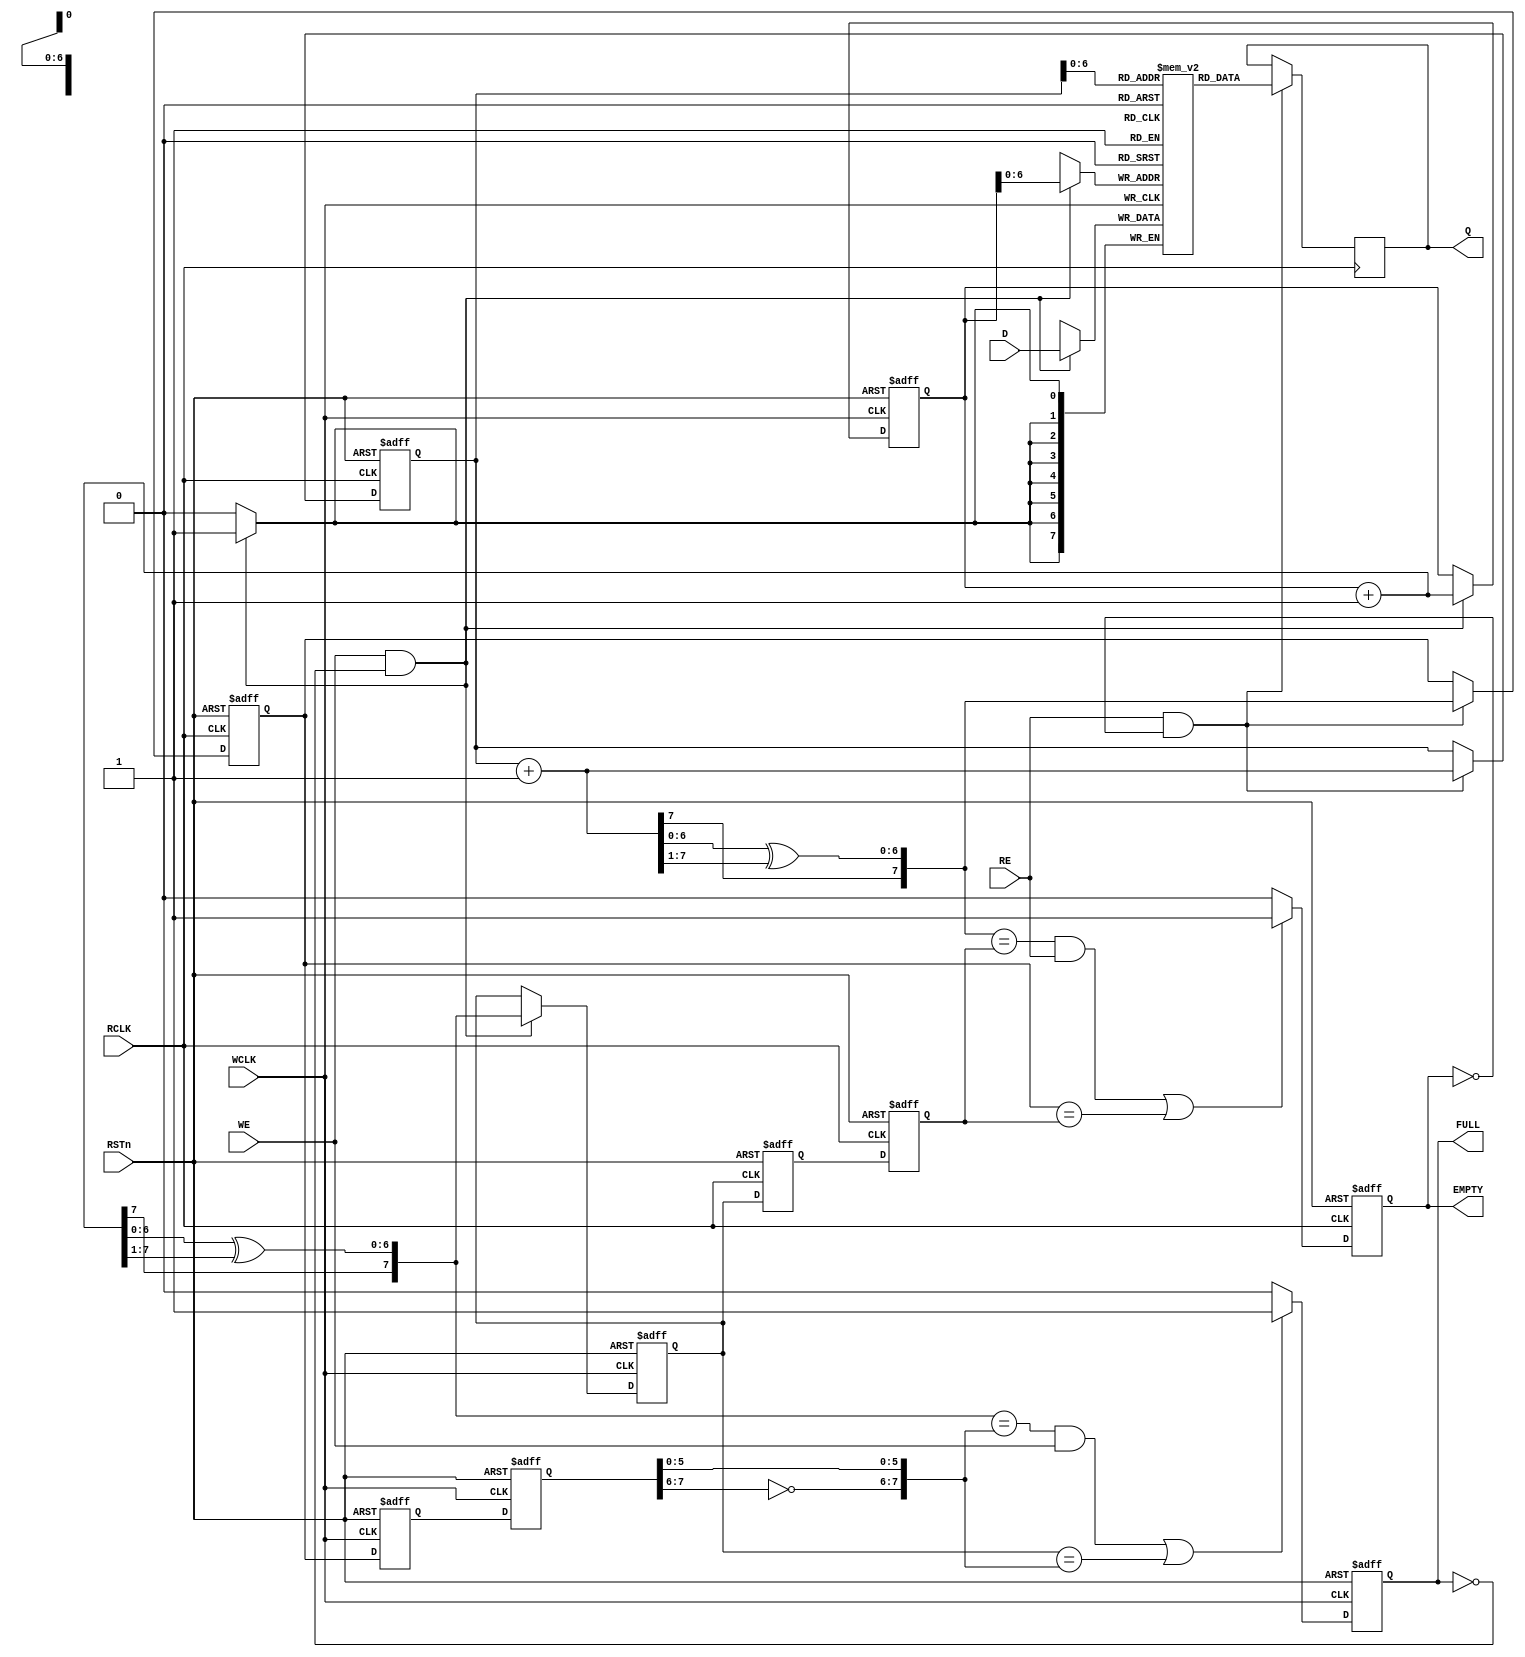
`timescale 1ns / 1ps
///////////////////////////////////////////////////////////////////////////////////////
// Design              : University of Elecro-Communications
// Engineer            : 
// 
// Design Name         : Async clock FIFO
// Module Name         : asclk_fifo
// Project Name        : sakura_g_ctrl
// Target Devices      : Xilinx
// Tool versions       : 13.4
// Description         : 
//
// Dependencies        : 
//
// Version             : 1.0
// Additional Comments : Async Clock FIFO
///////////////////////////////////////////////////////////////////////////////////////
// Copyright (c) Satoh LaboratoryCUEC

module asclk_fifo #(
  parameter DATA_WIDTH = 8, /*parameter FIFO_DEPTH = 128,*/ parameter ADDR_WIDTH = 7
)
(
  input                   RSTn,     // Reset
  input                   WCLK,     // Write clock
  input                   RCLK,     // Read clock
  input  [DATA_WIDTH-1:0] D,        // Data input
  input                   WE,       // Write enable
  input                   RE,       // Rasd enable
  output [DATA_WIDTH-1:0] Q,        // Data output
  output                  FULL,     // Full flag
  output                  EMPTY     // Empty flag
);

  parameter COUNTER_WIDTH = ADDR_WIDTH + 1;


// ===============================================================
// Internal signals
// ===============================================================
  reg     [DATA_WIDTH-1:0] mem[0:2**ADDR_WIDTH-1];
  reg     [DATA_WIDTH-1:0] data_out;
  wire                     write_enable;
  wire                     read_enable;

  wire [COUNTER_WIDTH-1:0] next_waddr;            // Binary next write address
  wire [COUNTER_WIDTH-1:0] next_wptr;             // Gray code next write pointer
  reg  [COUNTER_WIDTH-1:0] write_addr;            // Memory write address
  reg  [COUNTER_WIDTH-1:0] write_pointer;         // Gray code pointer
  reg  [COUNTER_WIDTH-1:0] wsync_rp1, wsync_rp2;  // Read pointer sync register

  wire [COUNTER_WIDTH-1:0] next_raddr;            // Binary next read address
  wire [COUNTER_WIDTH-1:0] next_rptr;             // Gray code next write pointer
  reg  [COUNTER_WIDTH-1:0] read_addr;             // memory read address
  reg  [COUNTER_WIDTH-1:0] read_pointer;          // Gray code pointer
  reg  [COUNTER_WIDTH-1:0] rsync_wp1, rsync_wp2;  // Write pointer sync register
  reg                      full_flag;
  reg                      empty_flag;

// ===============================================================
// Equetions
// ===============================================================
  assign write_enable = WE & ~full_flag;
  assign read_enable  = RE & ~empty_flag;

  // Memory block
  always @ ( posedge WCLK )
    if ( write_enable == 1'b1 ) mem[write_addr[ADDR_WIDTH-1:0]] <= D;

  always @ ( posedge RCLK )
    if ( read_enable == 1'b1 ) data_out <= mem[read_addr[ADDR_WIDTH-1:0]];


  // Write Address and Pointer
  always @ ( posedge WCLK or negedge RSTn ) begin
    if ( RSTn == 1'b0 ) begin
      write_addr <= {COUNTER_WIDTH{1'b0}};
      write_pointer <= {COUNTER_WIDTH{1'b0}};
    end
    else begin
      if ( write_enable ) begin
        write_addr <= next_waddr;
        write_pointer <= next_wptr;
      end
      else begin
        write_addr <= write_addr;
        write_pointer <= write_pointer;
      end
    end
  end

  assign next_waddr = write_addr + 1'b1;
  assign next_wptr = { next_waddr[COUNTER_WIDTH-1], next_waddr[COUNTER_WIDTH-2:0] ^ next_waddr[COUNTER_WIDTH-1:1]};


  // Sync Read pointer
  // read_pointer -> wsync_rp1 -> wsync_rp2
  always @ ( posedge WCLK or negedge RSTn ) begin
    if ( RSTn == 1'b0 ) begin
      wsync_rp1 <= {COUNTER_WIDTH{1'b0}};
      wsync_rp2 <= {COUNTER_WIDTH{1'b0}};
    end
    else begin
      wsync_rp1 <= read_pointer;
      wsync_rp2 <= wsync_rp1;
    end
  end


  always @ ( posedge WCLK or negedge RSTn ) begin
    if ( RSTn == 1'b0 ) full_flag <= 1'b0;
    else if ((( next_wptr == { ~wsync_rp2[COUNTER_WIDTH-1:COUNTER_WIDTH-2], wsync_rp2[COUNTER_WIDTH-3:0] }) && ( WE == 1'b1 ))
           || ( write_pointer == { ~wsync_rp2[COUNTER_WIDTH-1:COUNTER_WIDTH-2], wsync_rp2[COUNTER_WIDTH-3:0] }))
      full_flag <= 1'b1;
    else full_flag <= 1'b0;
  end


  // Read Address and Pointer
  always @ ( posedge RCLK or negedge RSTn ) begin
    if ( RSTn == 1'b0 ) begin
      read_addr <= {COUNTER_WIDTH{1'b0}};
      read_pointer <= {COUNTER_WIDTH{1'b0}};
    end
    else begin
      if ( read_enable ) begin
        read_addr <= next_raddr;
        read_pointer <= next_rptr;
      end
      else begin
        read_addr <= read_addr;
        read_pointer <= read_pointer;
      end
    end
  end

  assign next_raddr = read_addr + 1'b1;
  assign next_rptr = { next_raddr[COUNTER_WIDTH-1], next_raddr[COUNTER_WIDTH-2:0] ^ next_raddr[COUNTER_WIDTH-1:1]};


  // Sync Write pointer
  // write_pointer -> rsync_wp1 -> rsync_wp2
  always @ ( posedge RCLK or negedge RSTn ) begin
    if ( RSTn == 1'b0 ) begin
      rsync_wp1 <= {COUNTER_WIDTH{1'b0}};
      rsync_wp2 <= {COUNTER_WIDTH{1'b0}};
    end
    else begin
      rsync_wp1 <= write_pointer;
      rsync_wp2 <= rsync_wp1;
    end
  end

  always @ ( posedge RCLK or negedge RSTn ) begin
    if ( RSTn == 1'b0 ) empty_flag <= 1'b1;
    else if ((( next_rptr == rsync_wp2[COUNTER_WIDTH-1:0] ) && ( RE == 1'b1 ))
           || ( read_pointer == rsync_wp2[COUNTER_WIDTH-1:0] ))
      empty_flag <= 1'b1;
    else empty_flag <= 1'b0;
  end

  assign Q = data_out;
  assign FULL = full_flag;
  assign EMPTY = empty_flag;

endmodule